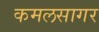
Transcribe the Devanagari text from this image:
कमलसागर